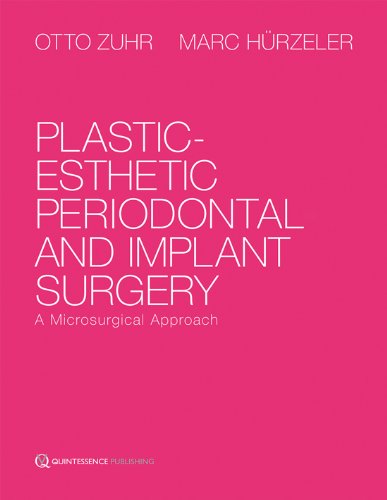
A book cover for Plastic-Esthetic Periodontal and Implant Surgery: A Microsurgical Approach; Otto Zuhr; Medical Books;